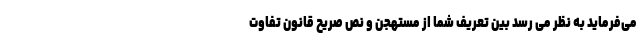
می‌فرماید به نظر می رسد بین تعریف شما از مستهجن و نص صریح قانون تفاوت